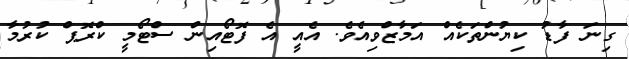
ގިނަ ފާޑު ކިޔުންތަކެއް އަމާޒްވިއެވެ. އެއީ އެ ފޮޓޯއިން ސްޓޯމީ ކްރޮޕް ކުރުމާ